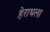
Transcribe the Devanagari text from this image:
हेराथला